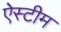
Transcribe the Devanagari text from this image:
ऐस्टीम